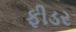
ફીડર